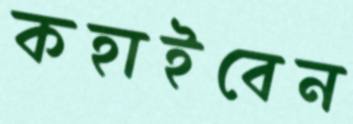
কহাইবেন